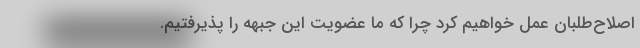
اصلاح‌طلبان عمل خواهیم کرد چرا که ما عضویت این جبهه را پذیرفتیم.